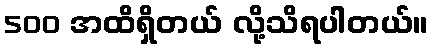
500 အထိရှိတယ် လို့သိရပါတယ်။